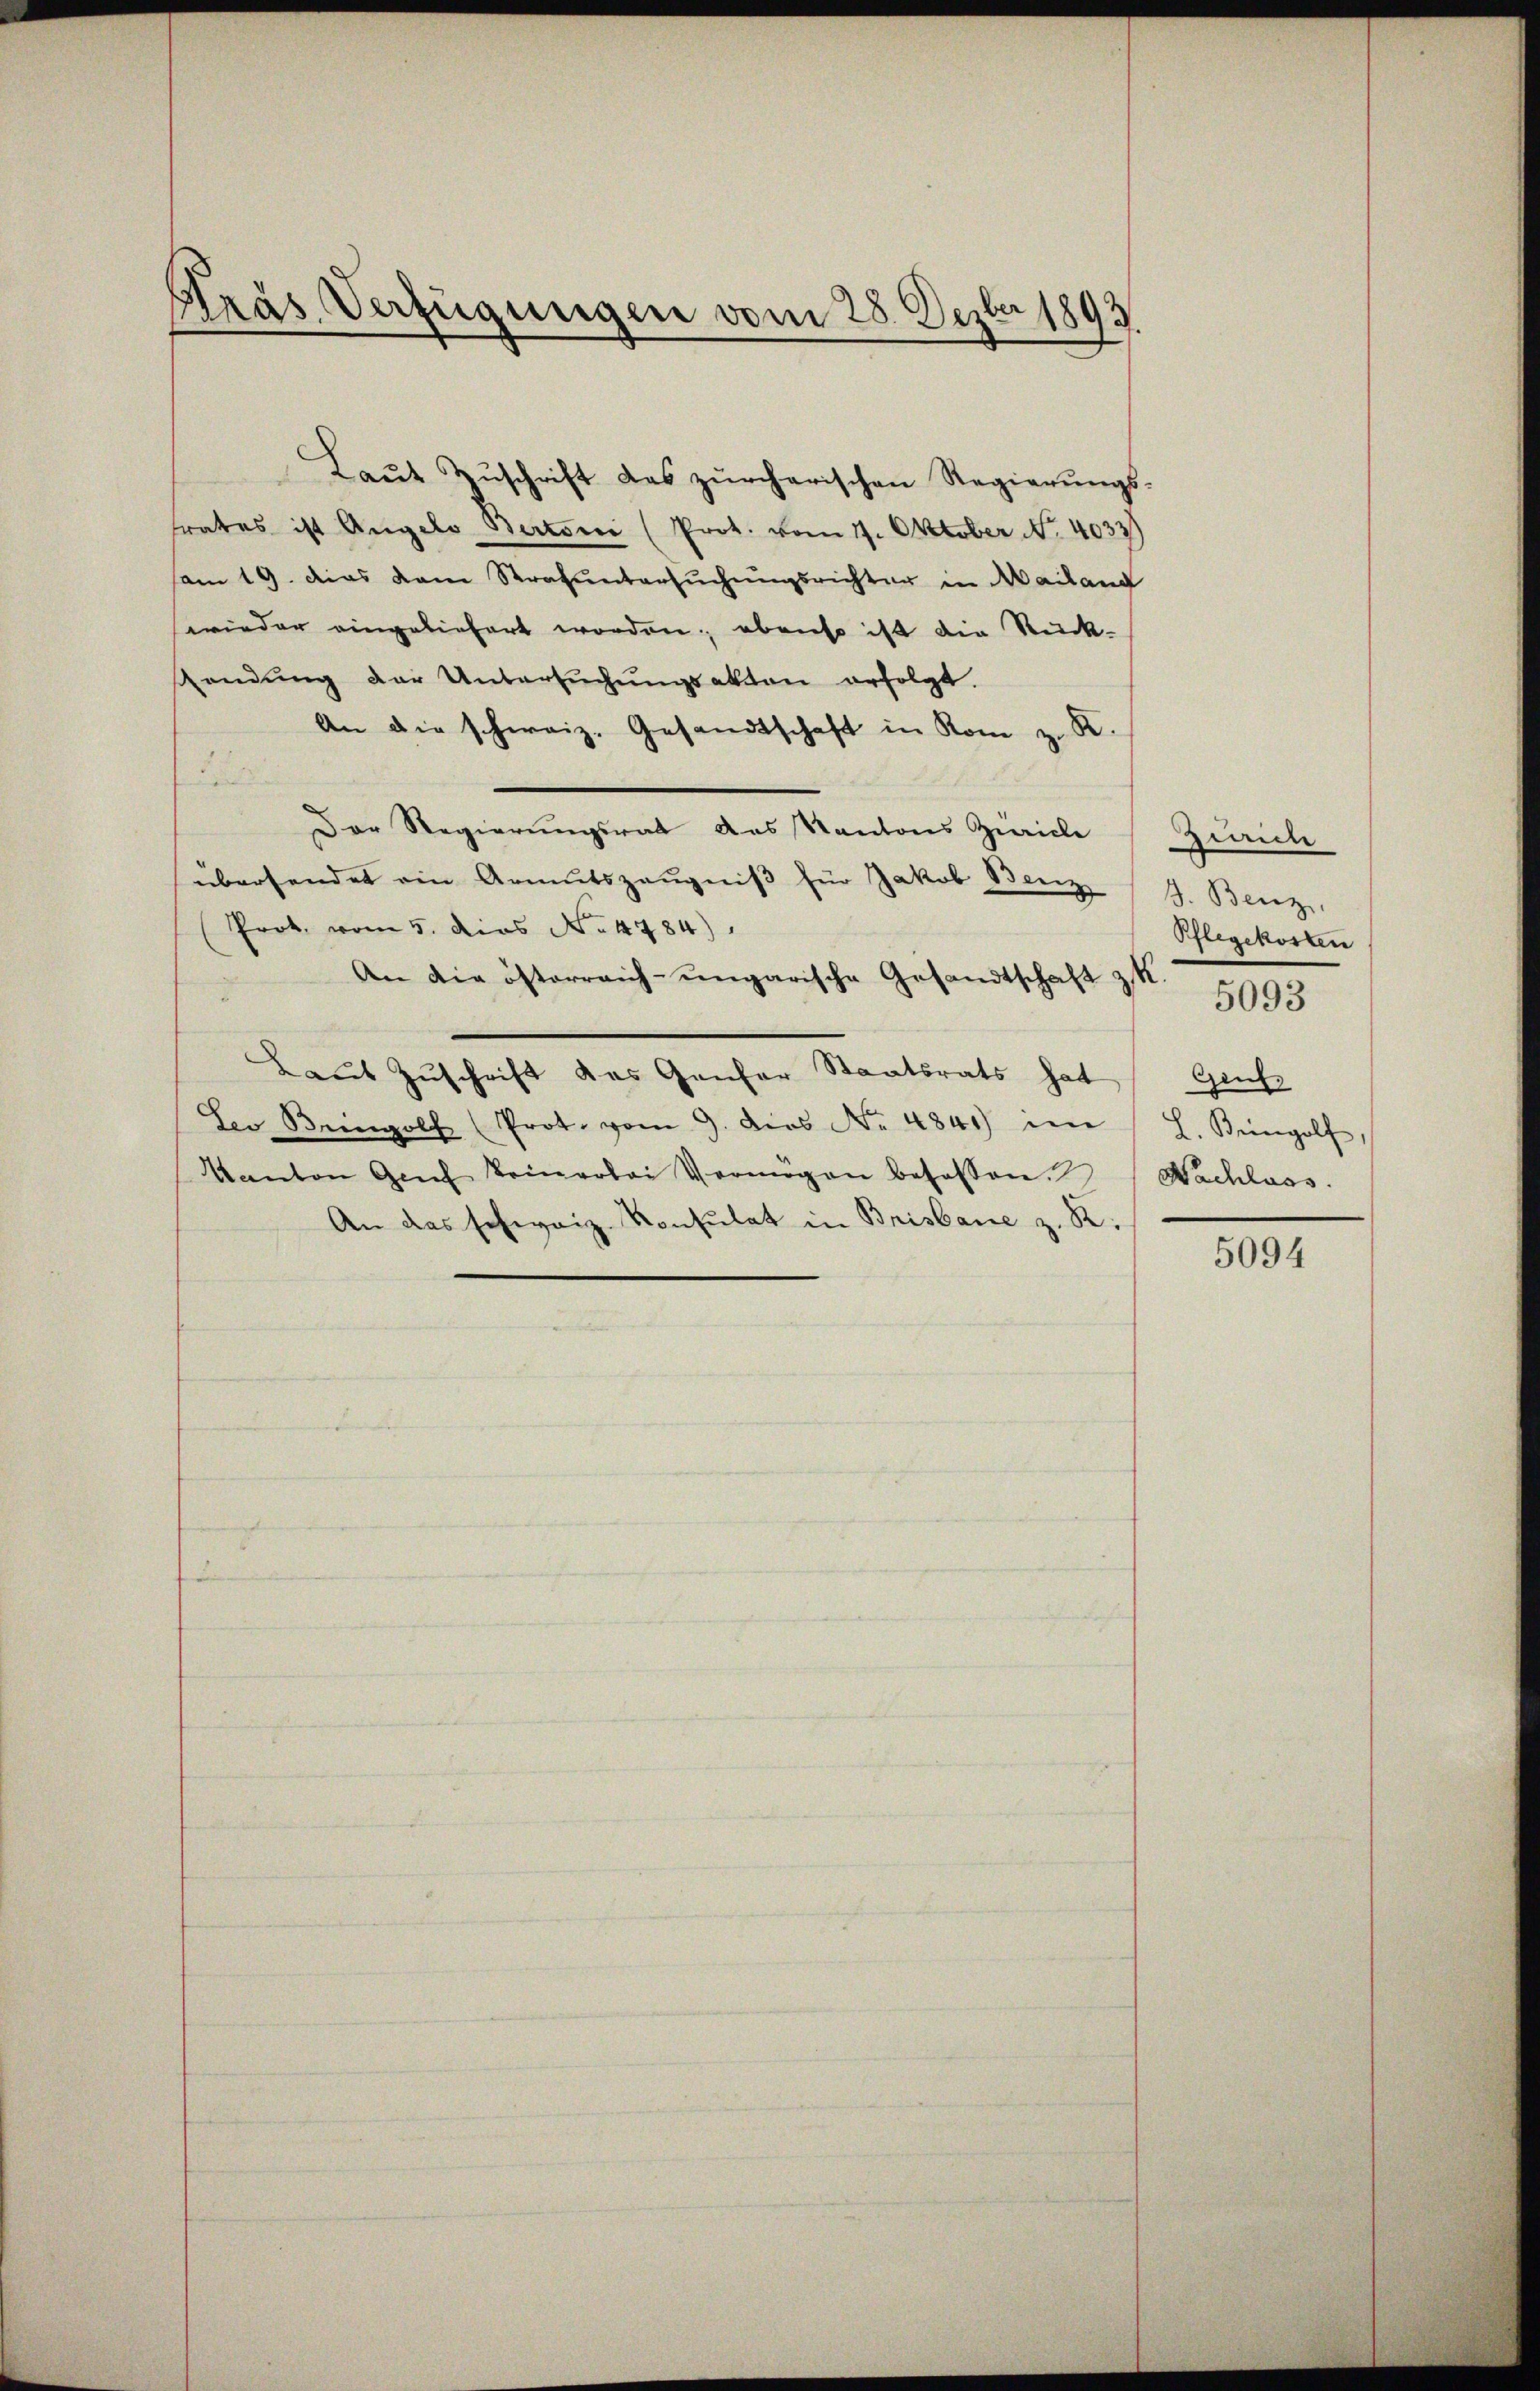
Kräs. Verfügungen vom 28. Dezbr 1893

Laŭt Zŭschrift des zürcherischen Regierŭngs-
trates ist Angelo Bertoni (Prot. vom 17. Oktober No. 4033)
am 19. dies dem Strafuntersŭchŭngsrichter in Mailand
wwieder eingeliefert worden; ebenso ist die Rück-
sendung der Untersuchungsakten erfolgt.
An die schweiz. Gesandtschaft in Rom z. R.
Der Regierungsrat das Kantons Zürich
übersendet ein Armutszeŭgniβ für Jakob Benz (S. Benz
Prok. vom 5. dies No. 4784)
An die österreich-ungarische Gesandtschaft z.
Laut Zuschrift das Genfer Staatsrats hat
Der Bringolf (Prot. vom 9. Dies No 4841 im L. Bringolf
Kanton Gech keinerlei Vermögen besassen. Nachlass.
An das schweiz. Konsulat in Brisbare z. R.

Graide
Pflegekosten
Geich

5093

5094